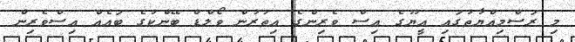
މި ރަސްމިއްޔާތުގައި އީޔޫގެ އިސް ވެރިންގެ އިތުރުން ވޯލްޑް ބޭންކުގެ ބައެއް އިސްވެރިން